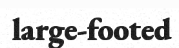
large-footed